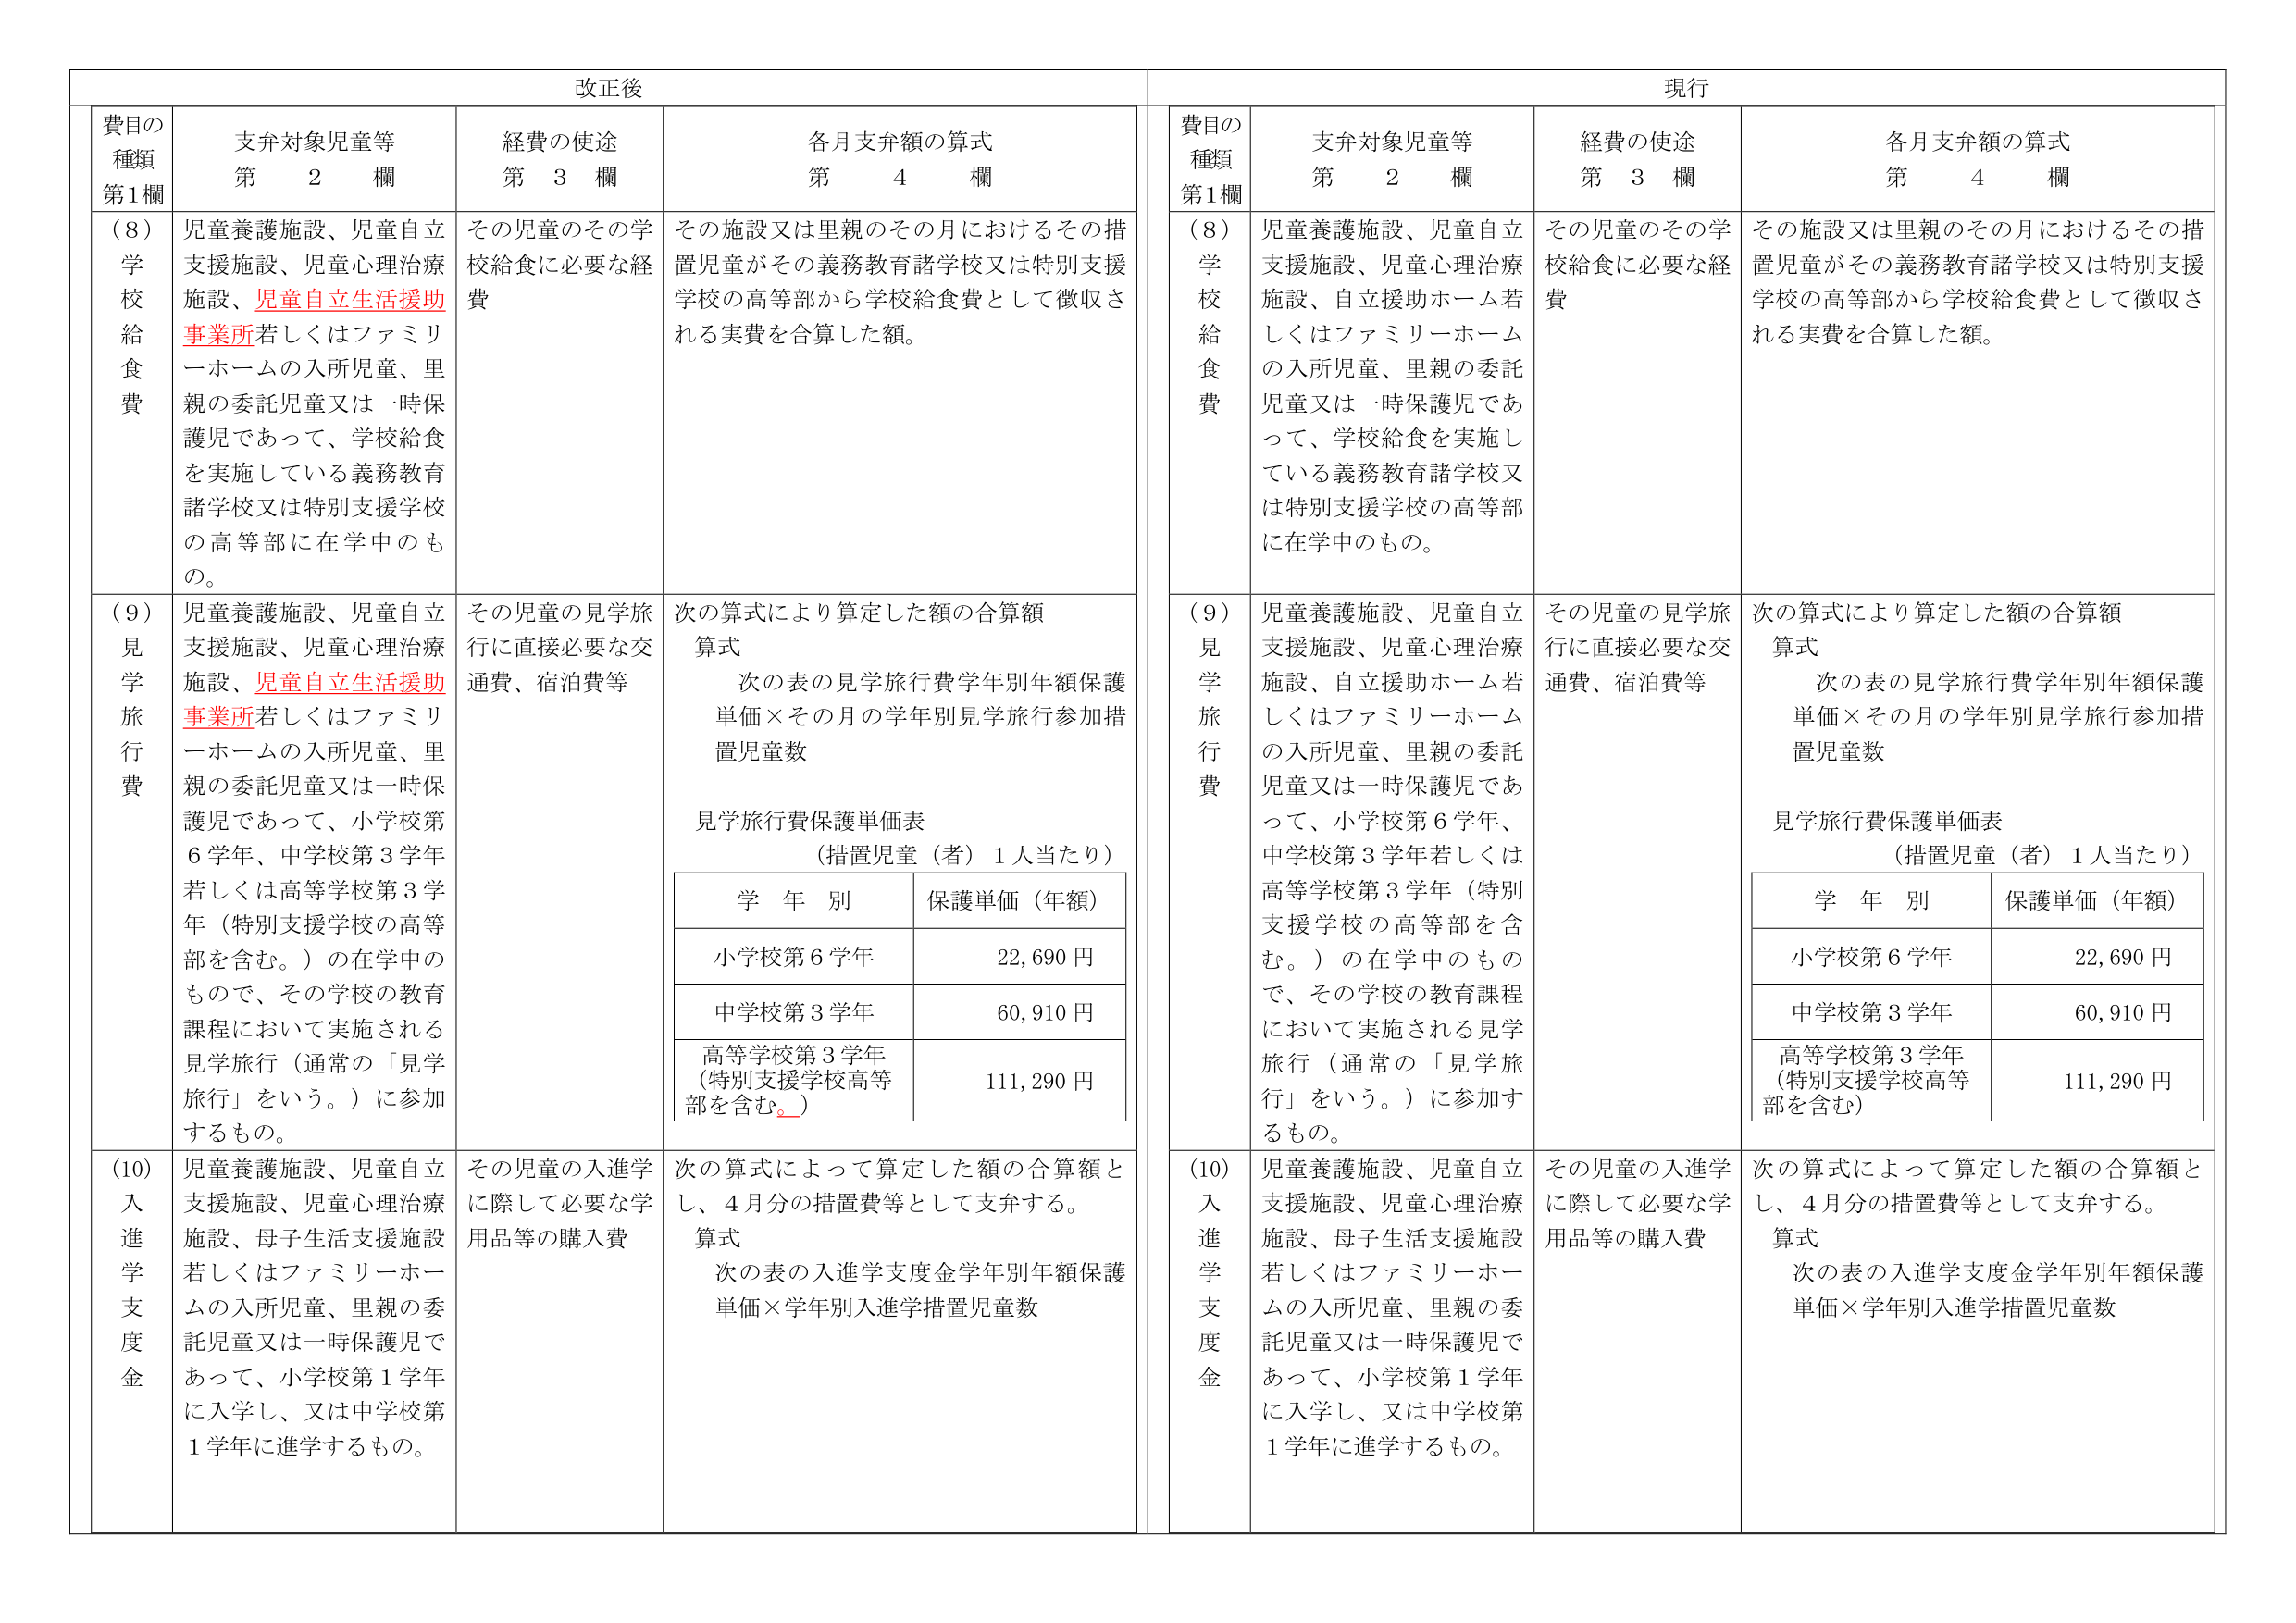
改正後

費目の種類 第1欄
(8) 学校給食費
(9) 見学旅行費
(10) 入進学支度金

支弁対象児童等 第2欄
(8) 児童養護施設、児童自立支援施設、児童心理治療施設、児童自立生活援助事業所若しくはファミリーホームの入所児童、里親の委託児童又は一時保護児であって、学校給食を実施している義務教育諸学校又は特別支援学校の高等部に在学中のもの。
(9) 児童養護施設、児童自立支援施設、児童心理治療施設、児童自立生活援助事業所若しくはファミリーホームの入所児童、里親の委託児童又は一時保護児であって、小学校第6学年、中学校第3学年若しくは高等学校第3学年（特別支援学校の高等部を含む。）の在学中のもので、その学校の教育課程において実施される見学旅行（通常の「見学旅行」をいう。）に参加するもの。
(10) 児童養護施設、児童自立支援施設、児童心理治療施設、母子生活支援施設若しくはファミリーホームの入所児童、里親の委託児童又は一時保護児であって、小学校第1学年に入学し、又は中学校第1学年に進学するもの。

経費の使途 第3欄
(8) その児童のその学校給食に必要な経費
(9) その児童の見学旅行に直接必要な交通費、宿泊費等
(10) その児童の入進学に際して必要な学用品等の購入費

各月支弁額の算式 第4欄
(8) その施設又は里親のその月におけるその措置児童がその義務教育諸学校又は特別支援学校の高等部から学校給食費として徴収される実費を合算した額。
(9) 次の算式により算定した額の合算額
算式
次の表の見学旅行費学年別年額保護単価×その月の学年別見学旅行参加措置児童数
見学旅行費保護単価表
（措置児童（者）1人当たり）
学年別 保護単価（年額）
小学校第6学年 22,690円
中学校第3学年 60,910円
高等学校第3学年（特別支援学校高等部を含む。） 111,290円
(10) 次の算式によって算定した額の合算額とし、4月分の措置費等として支弁する。
算式
次の表の入進学支度金学年別年額保護単価×学年別入進学措置児童数

現行

費目の種類 第1欄
(8) 学校給食費
(9) 見学旅行費
(10) 入進学支度金

支弁対象児童等 第2欄
(8) 児童養護施設、児童自立支援施設、児童心理治療施設、自立援助ホーム若しくはファミリーホームの入所児童、里親の委託児童又は一時保護児であって、学校給食を実施している義務教育諸学校又は特別支援学校の高等部に在学中のもの。
(9) 児童養護施設、児童自立支援施設、児童心理治療施設、自立援助ホーム若しくはファミリーホームの入所児童、里親の委託児童又は一時保護児であって、小学校第6学年、中学校第3学年若しくは高等学校第3学年（特別支援学校の高等部を含む。）の在学中のもので、その学校の教育課程において実施される見学旅行（通常の「見学旅行」をいう。）に参加するもの。
(10) 児童養護施設、児童自立支援施設、児童心理治療施設、母子生活支援施設若しくはファミリーホームの入所児童、里親の委託児童又は一時保護児であって、小学校第1学年に入学し、又は中学校第1学年に進学するもの。

経費の使途 第3欄
(8) その児童のその学校給食に必要な経費
(9) その児童の見学旅行に直接必要な交通費、宿泊費等
(10) その児童の入進学に際して必要な学用品等の購入費

各月支弁額の算式 第4欄
(8) その施設又は里親のその月におけるその措置児童がその義務教育諸学校又は特別支援学校の高等部から学校給食費として徴収される実費を合算した額。
(9) 次の算式により算定した額の合算額
算式
次の表の見学旅行費学年別年額保護単価×その月の学年別見学旅行参加措置児童数
見学旅行費保護単価表
（措置児童（者）1人当たり）
学年別 保護単価（年額）
小学校第6学年 22,690円
中学校第3学年 60,910円
高等学校第3学年（特別支援学校高等部を含む） 111,290円
(10) 次の算式によって算定した額の合算額とし、4月分の措置費等として支弁する。
算式
次の表の入進学支度金学年別年額保護単価×学年別入進学措置児童数